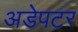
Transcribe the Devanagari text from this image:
अडेपटर